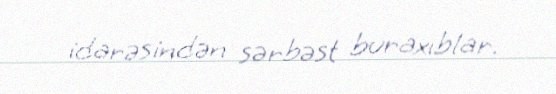
idarəsindən sərbəst buraxıblar.